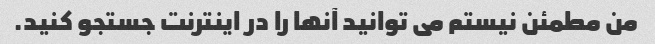
من مطمئن نیستم می توانید آنها را در اینترنت جستجو کنید.